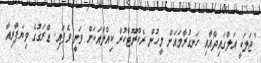
"ޖަލަކީ އަލްގައިދާއާއި ހަނގުރާމައަށް މީހުން ރެކްރޫޓްކުރާ ކިއްލާއަކަށް ވަނީ ވެފައި. ޑްރަގުގެ ވިޔަފާރިއާ